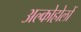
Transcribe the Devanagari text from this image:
अल्कोहोलों